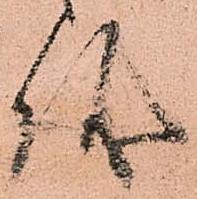
儀